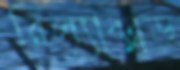
রিল্যাক্সড